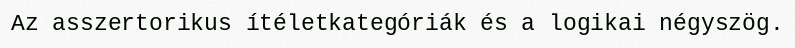
Az asszertorikus ítéletkategóriák és a logikai négyszög.